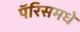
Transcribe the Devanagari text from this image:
पॅरिसमधे